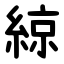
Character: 綡